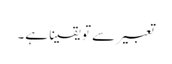
تعبیر سے تو یقیناً ہے۔